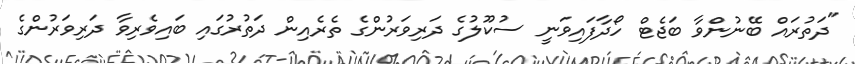
"ދަތުރައް ބޭނުންވާ ބަޖެޓް ހޯދާފައިވަނީ ސުކޫލުގެ ދަރިވަރުންގެ ތެރެއިން ދަތުރުގައި ބައިވެރިވާ ދަރިވަރުންގެ